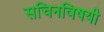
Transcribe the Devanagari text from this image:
सचिनविषयी